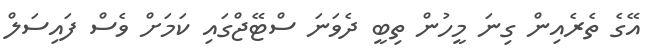
އޭގެ ތެރެއިން ގިނަ މީހުން ތިބީ ދެވަނަ ސްޓޭޖްގައި ކަމަށް ވެސް ފައިސަލް